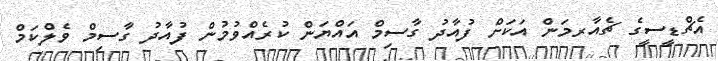
އެޗްޑީސީގެ ޗެއާރމަން އަކަށް ފުއާދު ގާސިމް އައްޔަން ކުރެއްވުމުން ފުއާދު ގާސިމް ވެލްކަމް